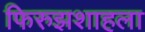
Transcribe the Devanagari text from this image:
फिरुझशाहला